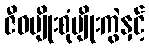
ဇီဝမျိုးစုံမျိုးကွဲနှင့်